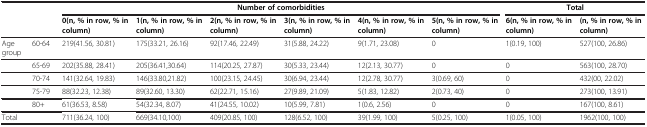
<table><thead><tr><td colspan="2"><b> </b></td><td colspan="6"><b>Number of comorbidities</b></td><td colspan="2"><b>Total</b></td></tr><tr><td colspan="2"><b> </b></td><td><b>0(n, % in row, % in column)</b></td><td><b>1(n, % in row, % in column)</b></td><td><b>2(n, % in row, % in column)</b></td><td><b>3(n, % in row, % in column)</b></td><td><b>4(n, % in row, % in column)</b></td><td><b>5(n, % in row, % in column)</b></td><td><b>6(n, % in row, % in column)</b></td><td><b>(n, % in row, % in column)</b></td></tr></thead><tbody><tr><td>Age group</td><td>60-64</td><td>219(41.56, 30.81)</td><td>175(33.21, 26.16)</td><td>92(17.46, 22.49)</td><td>31(5.88, 24.22)</td><td>9(1.71, 23.08)</td><td>0</td><td>1(0.19, 100)</td><td>527(100, 26.86)</td></tr><tr><td> </td><td>65-69</td><td>202(35.88, 28.41)</td><td>205(36.41,30.64)</td><td>114(20.25, 27.87)</td><td>30(5.33, 23.44)</td><td>12(2.13, 30.77)</td><td>0</td><td>0</td><td>563(100, 28.70)</td></tr><tr><td> </td><td>70-74</td><td>141(32.64, 19.83)</td><td>146(33.80,21.82)</td><td>100(23.15, 24.45)</td><td>30(6.94, 23.44)</td><td>12(2.78, 30.77)</td><td>3(0.69, 60)</td><td>0</td><td>432(00, 22.02)</td></tr><tr><td> </td><td>75-79</td><td>88(32.23, 12.38)</td><td>89(32.60, 13.30)</td><td>62(22.71, 15.16)</td><td>27(9.89, 21.09)</td><td>5(1.83, 12.82)</td><td>2(0.73, 40)</td><td>0</td><td>273(100, 13.91)</td></tr><tr><td> </td><td>80+</td><td>61(36.53, 8.58)</td><td>54(32.34, 8.07)</td><td>41(24.55, 10.02)</td><td>10(5.99, 7.81)</td><td>1(0.6, 2.56)</td><td>0</td><td>0</td><td>167(100, 8.61)</td></tr><tr><td>Total</td><td> </td><td>711(36.24, 100)</td><td>669(34.10,100)</td><td>409(20.85, 100)</td><td>128(6.52, 100)</td><td>39(1.99, 100)</td><td>5(0.25, 100)</td><td>1(0.05, 100)</td><td>1962(100, 100)</td></tr></tbody></table>